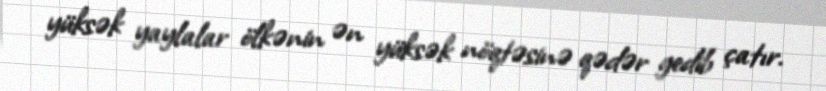
yüksək yaylalar ölkənin ən yüksək nöqtəsinə qədər gedib çatır.